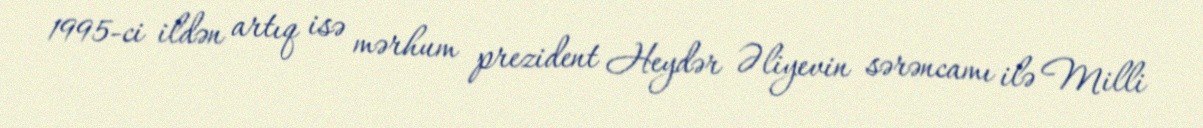
1995-ci ildən artıq isə mərhum prezident Heydər Əliyevin sərəncamı ilə Milli